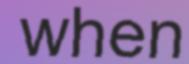
when